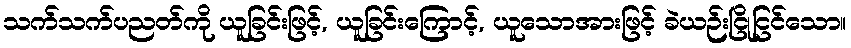
သက်သက်ပညတ်ကို ယူခြင်းဖြင့်, ယူခြင်းကြောင့်, ယူသောအားဖြင့် ခဲယဉ်းငြိုငြင်သော။